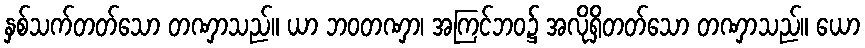
နှစ်သက်တတ်သော တဏှာသည်။ ယာ ဘဝတဏှာ၊ အကြင်ဘဝ၌ အလိုရှိတတ်သော တဏှာသည်။ ယော